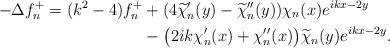
LaTeX: \begin{align*}-\Delta f_{n}^{+}=(k^{2}-4)f^{+}_{n}&+(4\widetilde\chi_{n}'(y)-\widetilde\chi_{n}''(y))\chi_{n}(x)e^{ikx-2y}\\&-\big(2ik\chi'_{n}(x)+\chi''_{n}(x)\big)\widetilde{\chi}_{n}(y)e^{ikx-2y}.\end{align*}